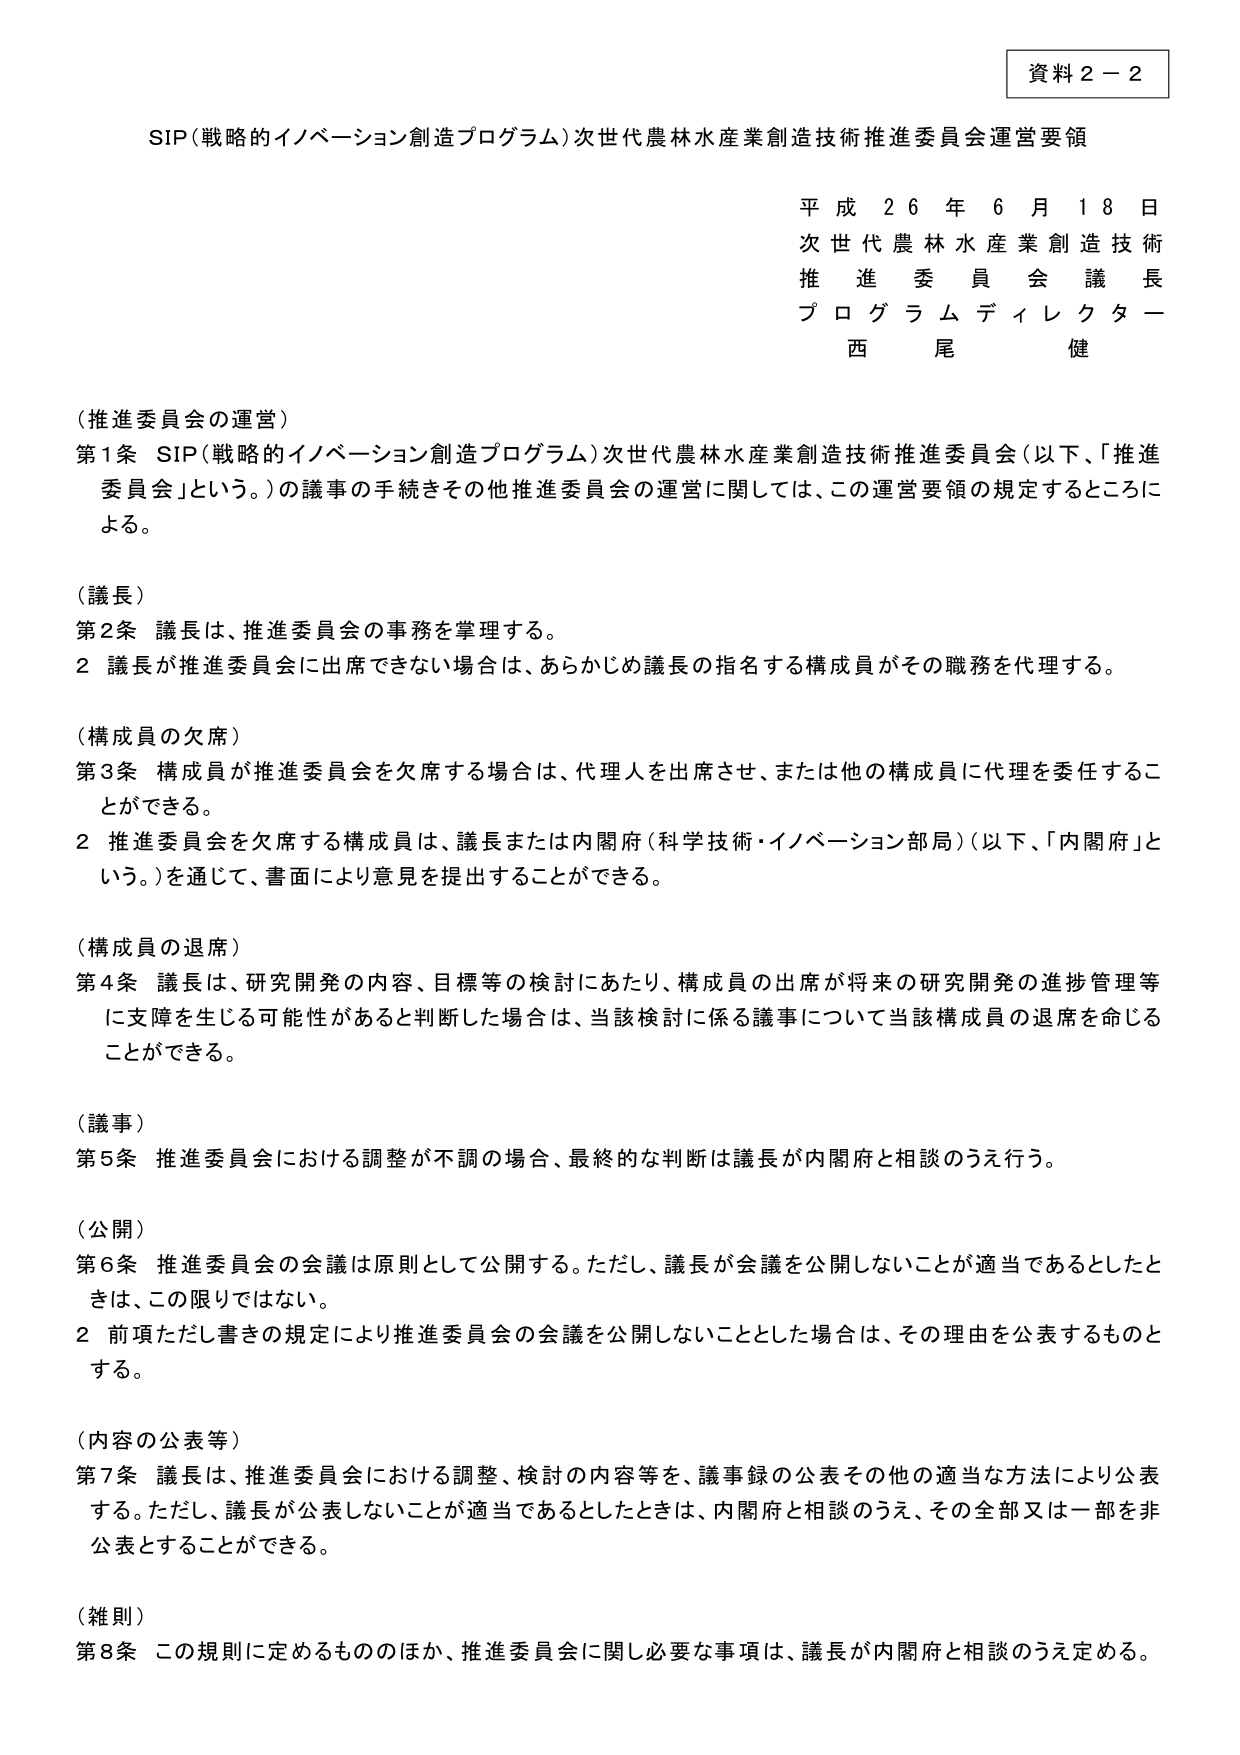
資料２－２

SIP（戦略的イノベーション創造プログラム）次世代農林水産業創造技術推進委員会運営要領

平成２６年６月１８日
次世代農林水産業創造技術
推進委員会議長
プログラムディレクター
西尾健

（推進委員会の運営）
第1条 SIP（戦略的イノベーション創造プログラム）次世代農林水産業創造技術推進委員会（以下、「推進委員会」という。）の議事の手続きその他推進委員会の運営に関しては、この運営要領の規定するところによる。

（議長）
第2条 議長は、推進委員会の事務を掌理する。
2 議長が推進委員会に出席できない場合は、あらかじめ議長の指名する構成員がその職務を代理する。

（構成員の欠席）
第3条 構成員が推進委員会を欠席する場合は、代理人を出席させ、または他の構成員に代理を委任することができる。
2 推進委員会を欠席する構成員は、議長または内閣府（科学技術・イノベーション部局）（以下、「内閣府」という。）を通じて、書面により意見を提出することができる。

（構成員の退席）
第4条 議長は、研究開発の内容、目標等の検討にあたり、構成員の出席が将来の研究開発の進捗管理等に支障を生じる可能性があると判断した場合は、当該検討に係る議事について当該構成員の退席を命じることができる。

（議事）
第5条 推進委員会における調整が不調の場合、最終的な判断は議長が内閣府と相談のうえ行う。

（公開）
第6条 推進委員会の会議は原則として公開する。ただし、議長が会議を公開しないことが適当であるとしたときは、この限りではない。
2 前項ただし書きの規定により推進委員会の会議を公開しないこととした場合は、その理由を公表するものとする。

（内容の公表等）
第7条 議長は、推進委員会における調整、検討の内容等を、議事録の公表その他の適当な方法により公表する。ただし、議長が公表しないことが適当であるとしたときは、内閣府と相談のうえ、その全部又は一部を非公表とすることができる。

（雑則）
第8条 この規則に定めるもののほか、推進委員会に関し必要な事項は、議長が内閣府と相談のうえ定める。